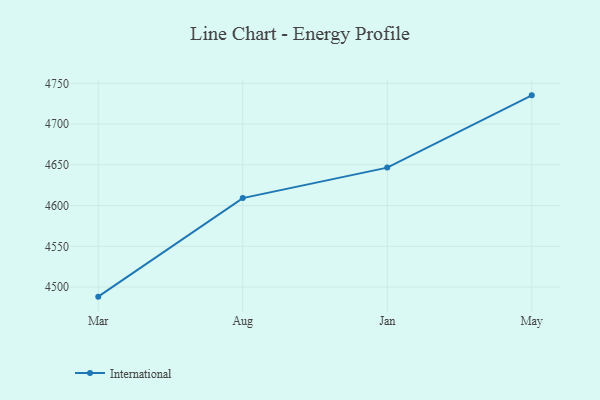
{"axis": {"x": "Month", "y": "Inventory Turnover"}, "legend": ["International"], "data": [{"x": "Mar", "y": 4488.2, "type": "International"}, {"x": "Aug", "y": 4609.2, "type": "International"}, {"x": "Jan", "y": 4646.6, "type": "International"}, {"x": "May", "y": 4735.3, "type": "International"}]}